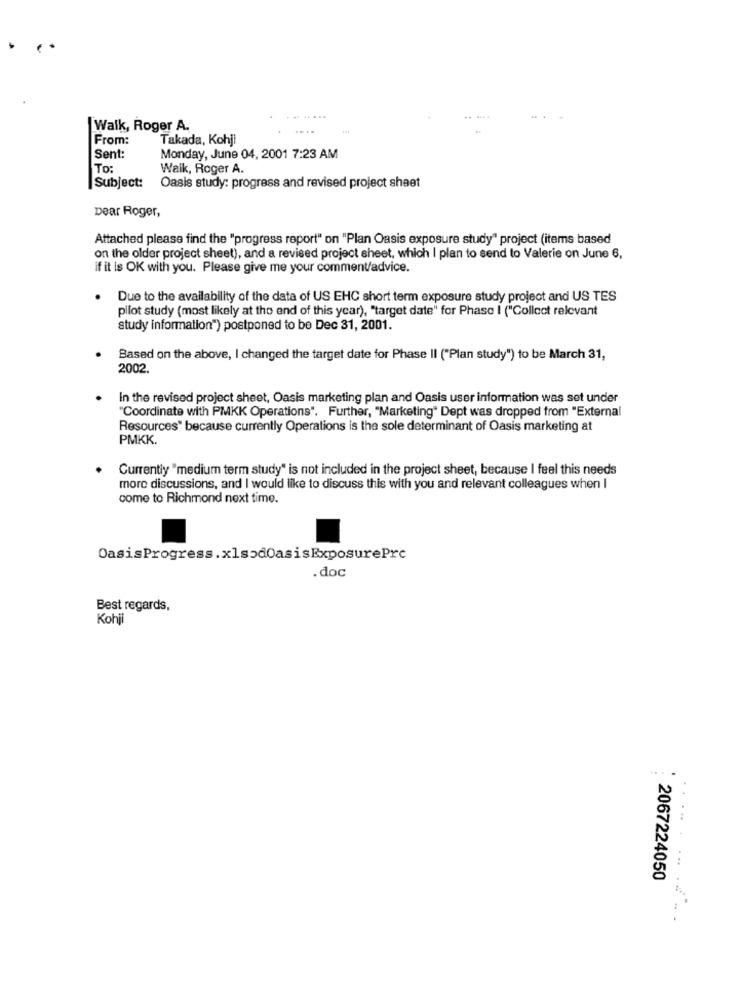
Walk, Roger A.
From:
Takada, Kohji
Sent:
Monday, June 04, 2001 7:23 AM
To:
Walk, Roger A.
Subject:
Oasis study: progress and revised project sheet
Dear Roger,
Attached please find the "progress report" on "Plan Oasis exposure study" project (items based
on the older project sheet), and a revised project sheet, which I plan to send to Valerie on June 6,
if it is OK with you. Please give me your comment/advice.
Due to the availability of the data of US EHC short term exposure study project and US TES
pilot study (most likely at the end of this year), "target date" for Phase I ("Collect relevant
study information") postponed to be Dec 31, 2001.
Based on the above, I changed the target date for Phase II ("Plan study") to be March 31,
2002.
In the revised project sheet, Oasis marketing plan and Oasis user information was set under
"Coordinate with PMKK Operations". Further, "Marketing" Dept was dropped from "External
Resources" because currently Operations is the sole determinant of Oasis marketing at
PMKK.
Currently "medium term study" is not included in the project sheet, because I feel this needs
more discussions, and I would like to discuss this with you and relevant colleagues when I
come to Richmond next time.
OasisProgress.xlsodOasisExposurePrc
.doc
Best regards,
Kohji
... .
2067224050